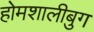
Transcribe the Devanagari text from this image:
होमशालीबुग